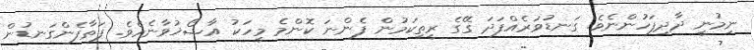
ނިމުނީ ދާދިފަހުންނެވެ. ގަނޑުވަރެއްފަދަ ގޭގެ ރީތިކަމުން ފެންނަ ކޮންމެ މީހަކު އާޝޯޚުވާނެއެވެ. ފަތާފެންގަނޑުން